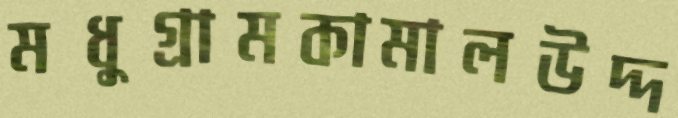
মধুগ্রামকামালউদ্দ